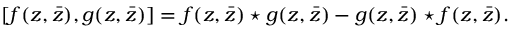
[ f ( z , \bar { z } ) , g ( z , \bar { z } ) ] = f ( z , \bar { z } ) \star g ( z , \bar { z } ) - g ( z , \bar { z } ) \star f ( z , \bar { z } ) .